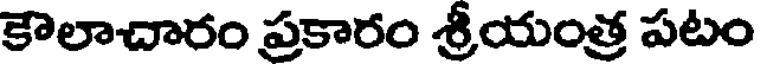
కౌలాచారం ప్రకారం శ్రీయంత్ర పటం